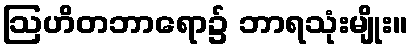
ဩဟိတဘာရော၌ ဘာရသုံးမျိုး။